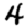
Digit: 4